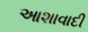
આશાવાદી